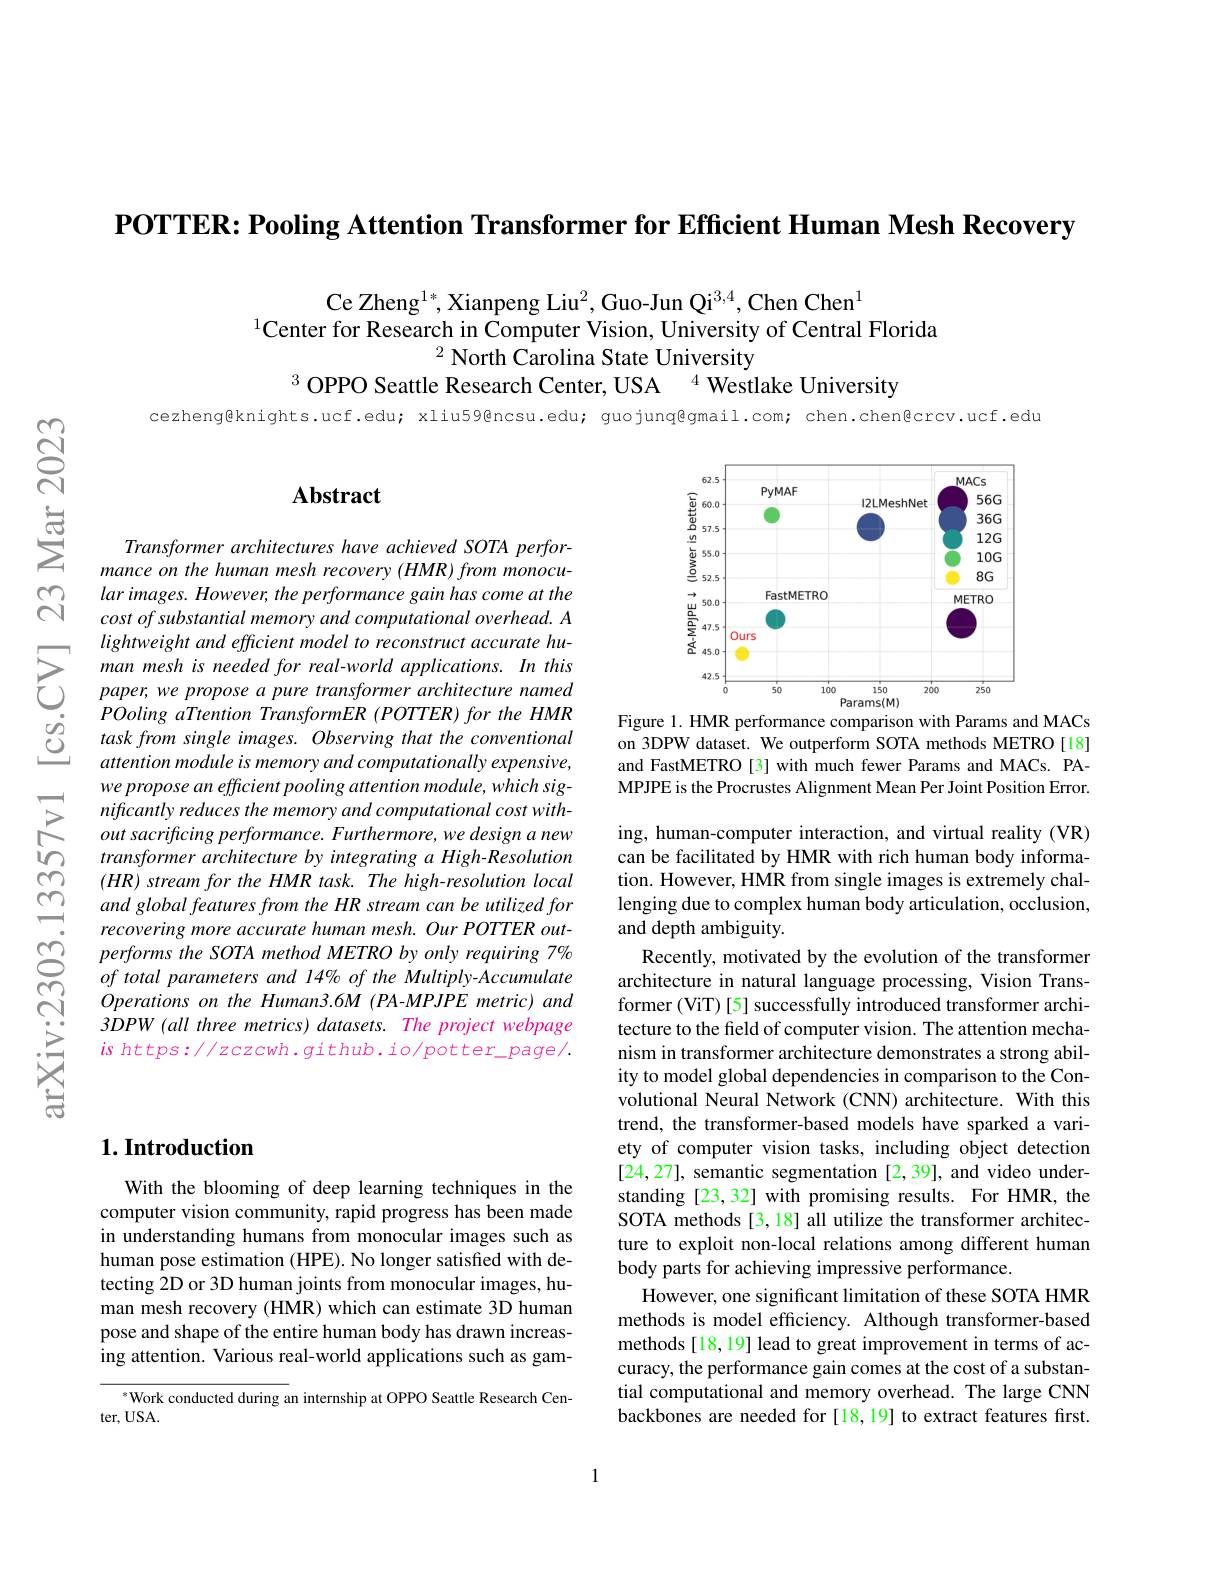
$\textbf{POTTER: Pooling Attention Transformer for Efficient Human Mesh Recovery}$

Ce Zheng$^{1*}$, Xianpeng Liu$^2$, Guo-Jun Qi$^{3,4}$, Chen Chen$^{1}$
$^{1}$Center for Research in Computer Vision, University of Central Florida
$^{2}$ North Carolina State University
$^{3}$ OPPO Seattle Research Center, USA
$^{4}$ Westlake University

cezheng@knights.ucf.edu; xliu59@ncsu.edu; guojunq@gmail.com; chen.chen@crcv.ucf.edu

## Abstract

<FigureHere>
Figure 1. HMR performance comparison with Params and MACs

on 3DPW dataset. We outperform SOTA methods METRO[18] and FastMETRO[3] with much fewer Params and MACs. PAMPJPE is the Procrustes Alignment Mean Per Joint Position Error.

Transformer architectures have achieved SOTA performance on the human mesh recovery (HMR) from monocular images. However, the performance gain has come at the cost of substantial memory and computational overhead. A lightweight and efficient model to reconstruct accurate human mesh is needed for real-world applications. In this paper, we propose a pure transformer architecture named POoling aTtention TransformER (POTTER) for the HMR task from single images. Observing that the conventional attention module is memory and computationally expensive, we propose an efficient pooling attention module, which significantly reduces the memory and computational cost withoutsacrificing performance. Furthermore, we design a new transformer architecture by integrating a High-Resolution $( HR) \textit{ stream for the HMR task. The high- resolution local}$ and global features from the HR stream can be utilized for recovering more accurate human mesh. Our POTTER outperforms the SOTA method METRO by only requiring 7% $of\textit{ total parameters and 14\% of the Multiply- Accumulate}$ Operations on the Human3.6M (PA-MPJPE metric) and 3DPW (all three metrics) datasets. The project webpage $is$ https://zczcwh.github.io/potter\_page/.

ing, human-computer interaction, and virtual reality (VR) can be facilitated by HMR with rich human body information. However, HMR from single images is extremely challenging due to complex human body articulation, occlusion, and depth ambiguity.
Recently, motivated by the evolution of the transformer architecture in natural language processing, Vision Transformer (ViT) [5] successfully introduced transformer architecture to the field of computer vision. The attention mechanism in transformer architecture demonstrates a strong ability to model global dependencies in comparison to the Convolutional Neural Network (CNN) architecture. With this trend, the transformer-based models have sparked a variety of computer vision tasks, including object detection [24,27], semantic segmentation [2,39], and video understanding [23,32] with promising results. For HMR, the SOTA methods [3,18] all utilize the transformer architecture to exploit non-local relations among different human body parts for achieving impressive performance.
However, one significant limitation of these SOTA HMR methods is model efficiency. Although transformer-based methods [18,19] lead to great improvement in terms of accuracy, the performance gain comes at the cost of a substantial computational and memory overhead. The large CNN backbones are needed for [18,19] to extract features first.

## $1. \textbf{Introduction}$

With the blooming of deep learning techniques in the computer vision community, rapid progress has been made in understanding humans from monocular images such as human pose estimation (HPE). No longer satisfied with detecting 2D or 3D human joints from monocular images, human mesh recovery (HMR) which can estimate 3D human pose and shape of the entire human body has drawn increasing attention. Various real-world applications such as gam-

$^{*}$Work conducted during an internship at OPPO Seattle Research Cen-
ter,  USA.

1